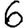
Digit: 6